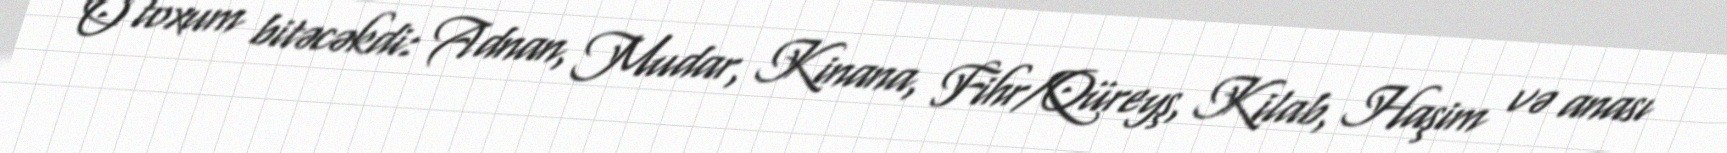
O toxum bitəcəkdi: Adnan, Mudar, Kinana, Fihr/Qüreyş, Kilab, Haşim və anası